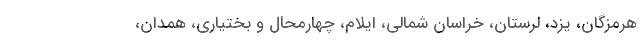
هرمزگان، یزد، لرستان، خراسان شمالی، ایلام، چهارمحال و بختیاری، همدان،